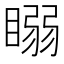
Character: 𥉧